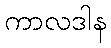
ကာလဒါန